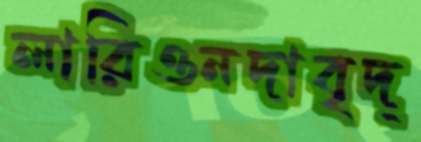
লারিওনদাবৃদ্